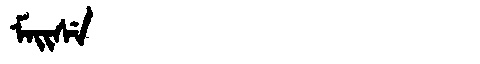
Manchu: ᠮᠠᡳᠰᡝ
Romanization: MAISE